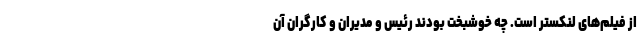
از فیلم‌های لنکستر است. چه خوشبخت بودند رئیس و مدیران و کارگران آن